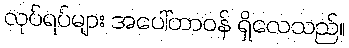
လုပ်ရပ်များ အပေါ်တာဝန် ရှိလေသည်။